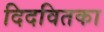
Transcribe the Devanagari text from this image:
दिदवितका